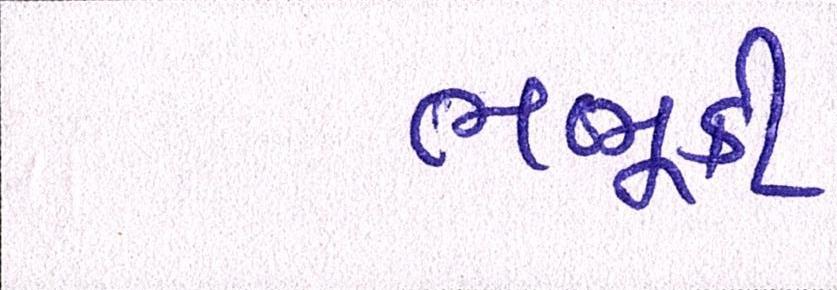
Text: ભભૂકી